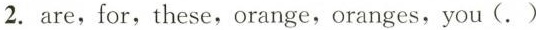
2. are,for,these,orange,oranges,you(. )